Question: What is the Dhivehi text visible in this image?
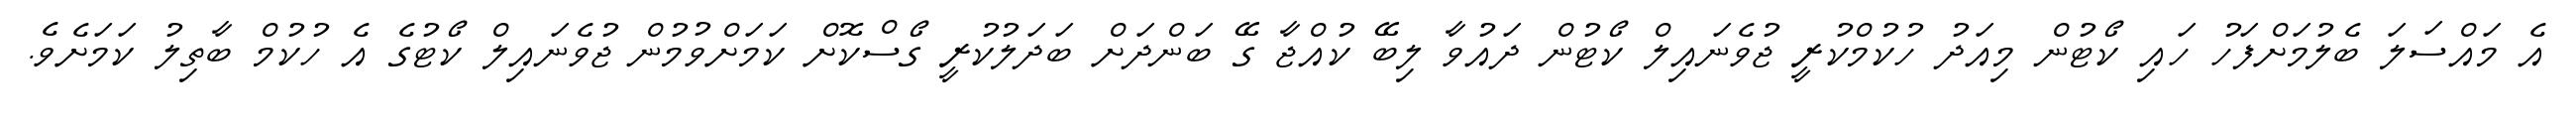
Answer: އެ މައްސަލަ ބެލުމަށްފަހު ހައި ކޯޓުން މިއަދު ހުކުމްކުރީ ޖުވެނައިލް ކޯޓުން ދައުވާ ލިބޭ ކުއްޖާ ގޭ ބަންދަށް ބަދަލުކުރީ ގޯސްކޮށް ކަމަށްވުމުން ޖުވެނައިލް ކޯޓުގެ އެ ހުކުމް ބާތިލު ކަމަށެވެ.